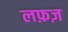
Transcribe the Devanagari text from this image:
लफ़ज़